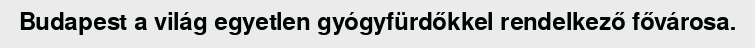
Budapest a világ egyetlen gyógyfürdőkkel rendelkező fővárosa.